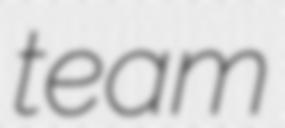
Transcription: team